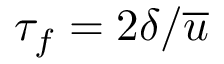
\tau _ { f } = 2 \delta / \overline { { u } }